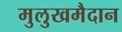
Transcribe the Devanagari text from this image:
मुलुखमैदान